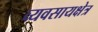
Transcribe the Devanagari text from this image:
व्यवसायक्षेत्र